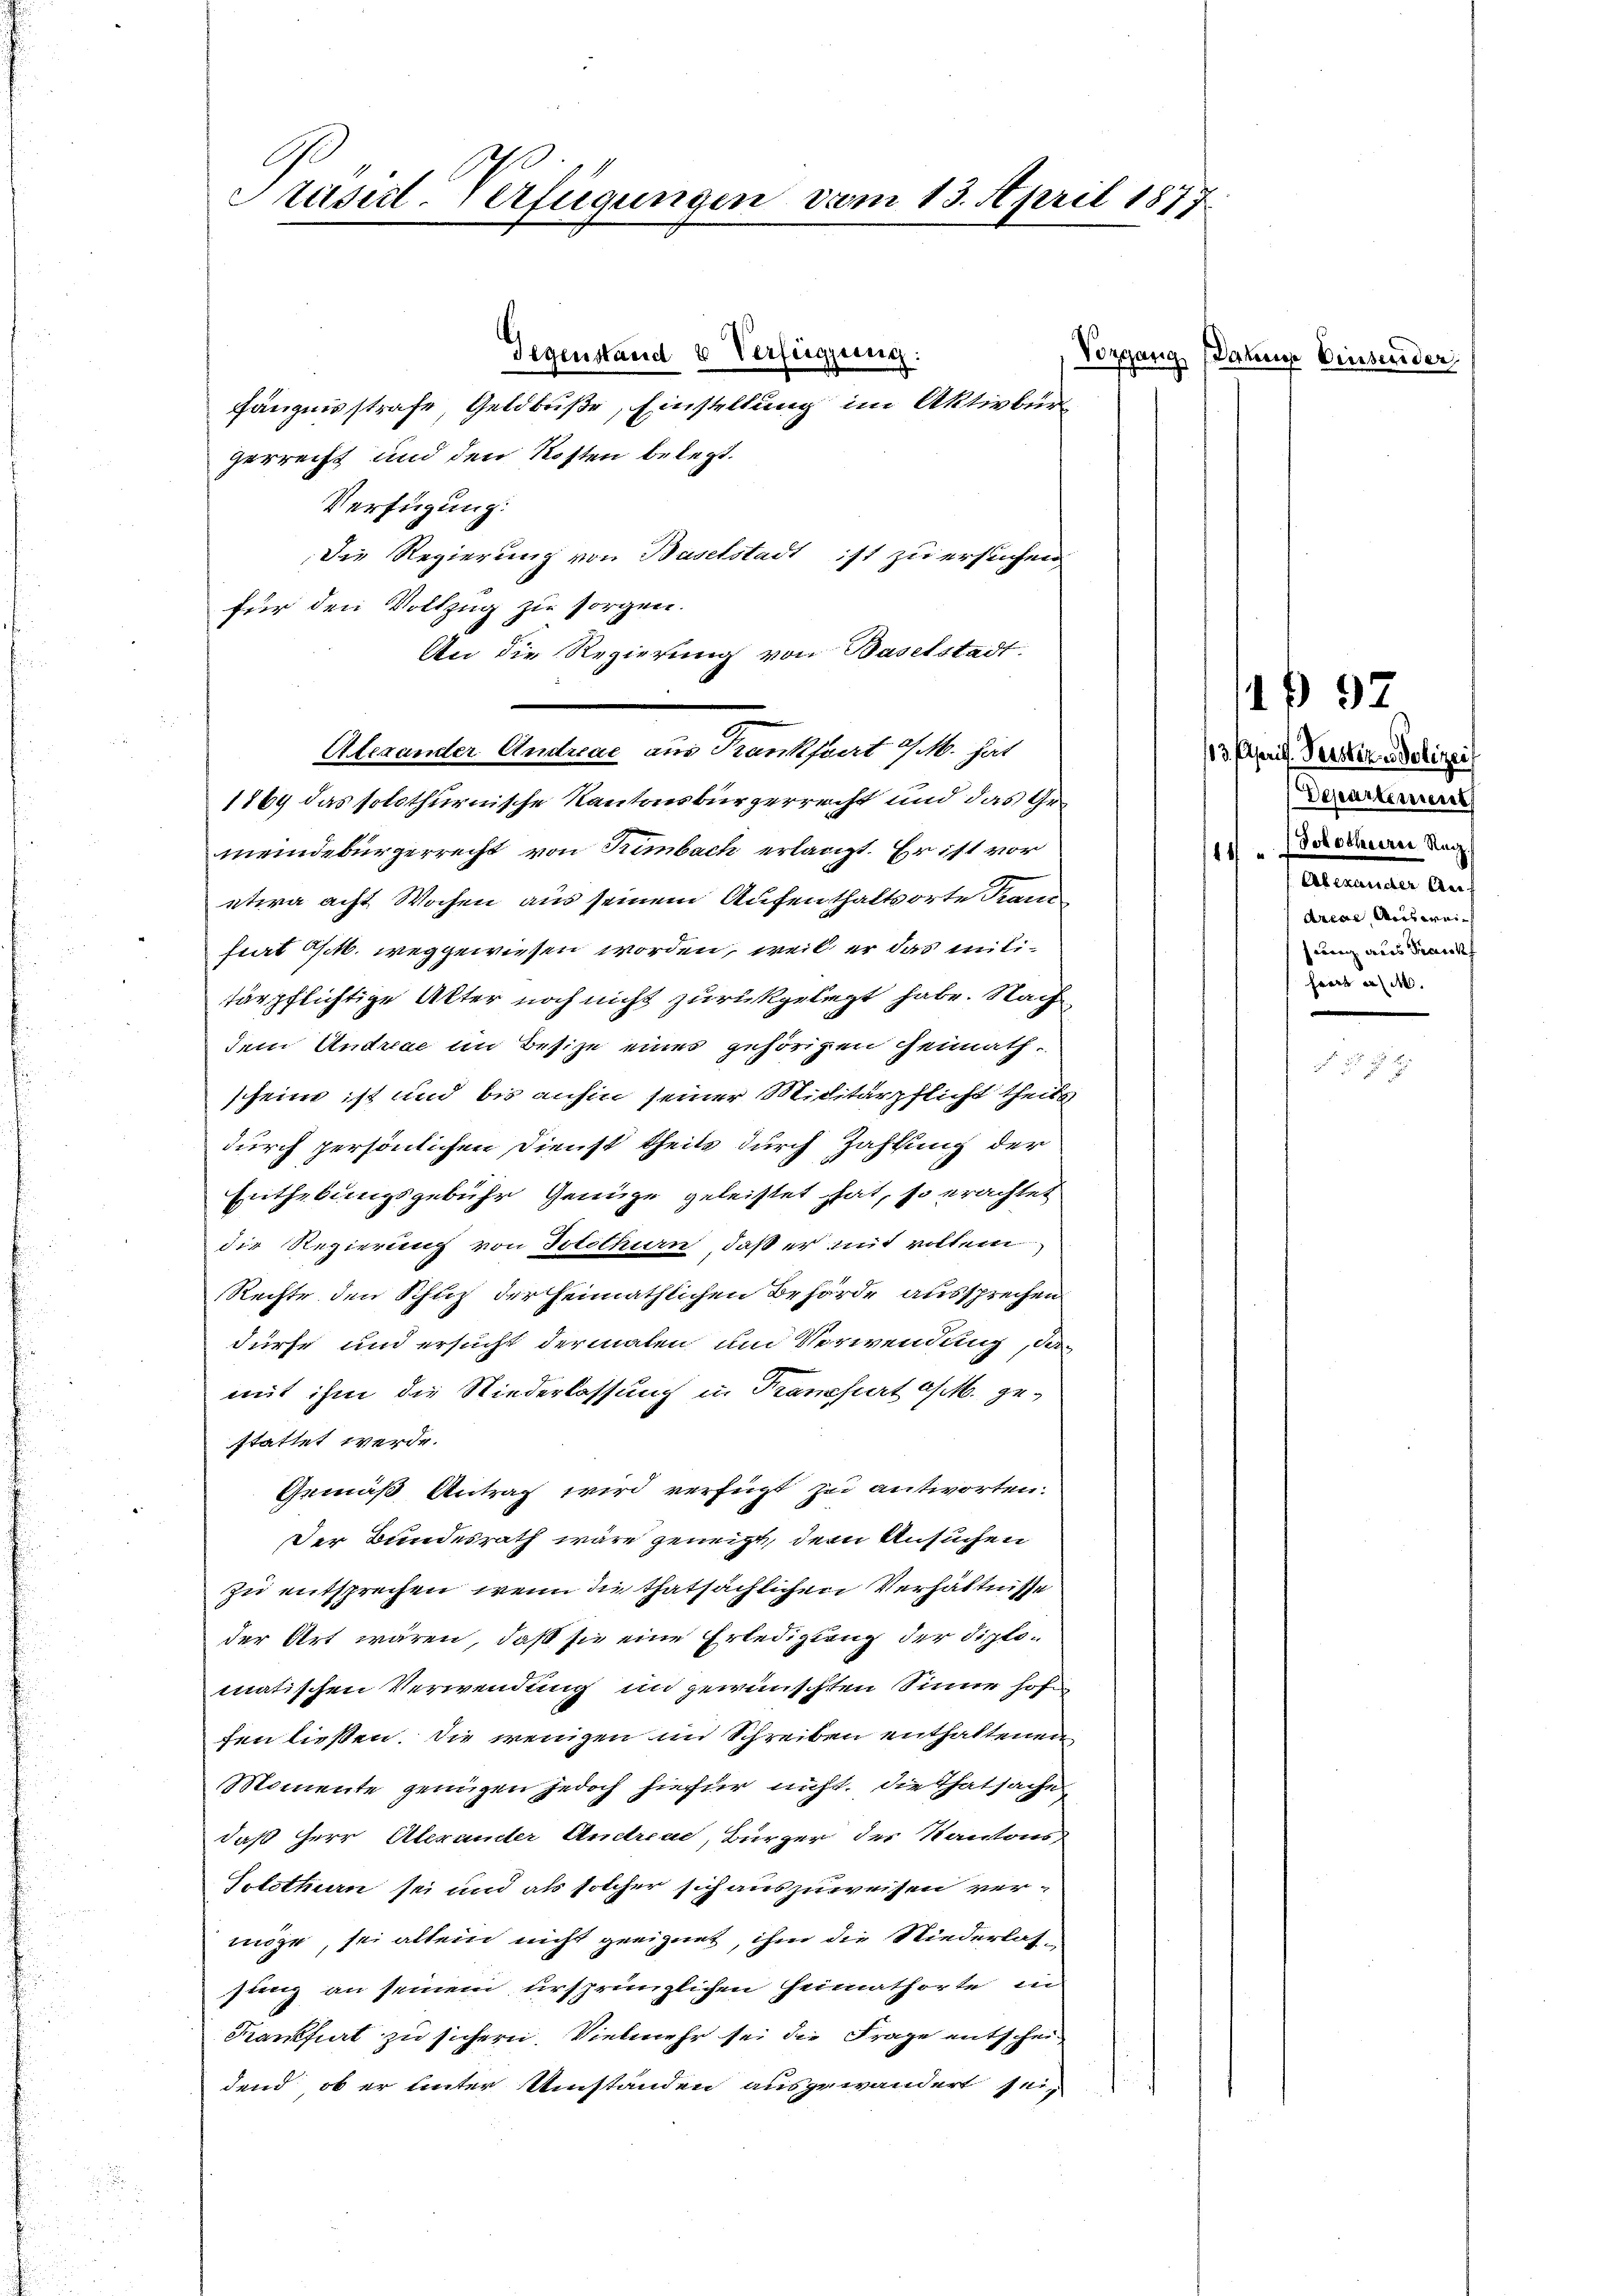
C
Präsid. Verfügungen vom 13. April 1877

Gegenstand u Verfügung:
fängnisstrafe, Geldbuße, Einstellung im Aktivbürgerrecht und den Kosten belegt.
Verfügung:
Die Regierung von Baselstadt ist zu ersuchen
für den Vollzug zu sorgen.
An die Regierung von Baselstadt.
Alexander Andreae aus Krankfvert M. hat
1869 das solothurnische Kantonsbürgerrecht und das Gro
meindebürgerrecht von Trimbach erlangt. Er ist vor
etwa acht Wochen aus seinem Aufenthaltsorte Kan
stat Octb. weggewiesen worden, weil er das militärpflichtige Alter noch nicht zurückgelegt habe. Nach
dem Andreae im Besize eines gehörigen Heimath.
scheine ist und bis anhin seiner Militärpflicht theils
durch persönlichen Dienst theils durch Zahlung der
Enthebungsgebühr Genüge geleistet hat, so erachtet
die Regierung von Solothurn, daß er mit vollem
Rechte den Schutz der Heimathlichen Behörde aussprechen
dürfe und ersucht dermalen um Verwendung, da
mit ihm die Niederlassung in Transiert a/M. gestattet werde.
Gemäß Antrag wird verfügt zu antworten.
Der Bundesrath wäre geneigt, dem Ansuchen
zu entsprechen, wenn die thatsächlichen Verhältnisse
der Art wären, daß sie eine Erledigung der Diplomatischen Verwendung in gewünschten Sinne hof
fen ließen. Die wenigen im Schreiben enthaltenen
Momente jenigen jedoch hiefür nicht, die Thatsache
daß Herr Alexander Andreae, Bürger des Kantonss
Solothurn sei und als solcher sich auszuweisen vermöge, sei allein nicht geeignet, ihm die Niederlasstenz an seinem ursprünglichen Heimathörte in
Kanfiert zu sichern. Vielmehr sei die Frage entschein
dend, ob er unter Umständen ausgewandert sein

Vorganig Danne Einsender,

1 97

13. April. Verster u Polizei
Departement
Dokochreizer Nach
14
Antanten den
Areal, weis weisung aus Frank
harz a.